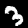
Digit: 3